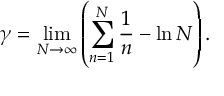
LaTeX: \gamma = \operatorname * { l i m } _ { N \to \infty } \left( \sum _ { n = 1 } ^ { N } \frac { 1 } { n } - \ln N \right) .